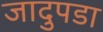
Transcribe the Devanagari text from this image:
जादुपडा